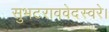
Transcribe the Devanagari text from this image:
सुभटराववेदस्वरे।